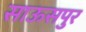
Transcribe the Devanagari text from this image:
साऊसपुर